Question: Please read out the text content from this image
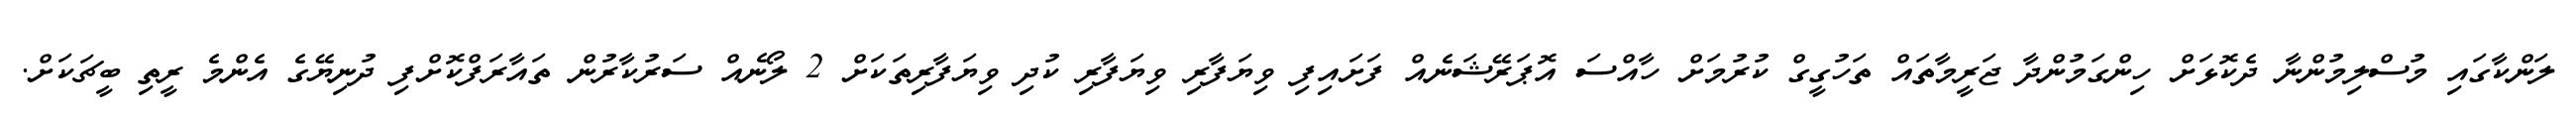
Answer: ލަންކާގައި މުސްލިމުންނާ ދެކޮޅަށް ހިންގަމުންދާ ޖަރީމާތައް ތަހުގީގް ކުރުމަށް ހާއްސަ އޮޕަރޭޝަނެއް ފަށައިފި ވިޔަފާރި ވިޔަފާރި ކުދި ވިޔަފާރިތަކަށް 2 ލޯނެއް ސަރުކާރުން ތައާރަފްކޮށްފި ދުނިޔޭގެ އެންމެ ރީތި ބީޗަކަށް.